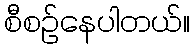
စီစဉ်နေပါတယ်။